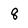
Character: 8